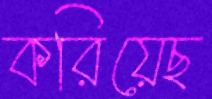
করিয়েছ